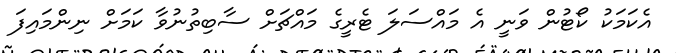
އެކަމަކު ކޯޓުން ވަނީ އެ މައްސަލަ ޓެރީގެ މައްޗަށް ސާބިތުނުވާ ކަމަށް ނިންމައިފަ